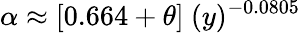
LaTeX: \alpha\approx[0.664+\theta]~(y)^{-0.0805}